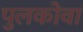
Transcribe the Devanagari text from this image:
पुलकोवा